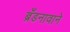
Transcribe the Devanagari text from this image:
ब्रँडनावाने